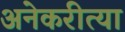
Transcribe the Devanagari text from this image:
अनेकरीत्या